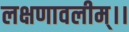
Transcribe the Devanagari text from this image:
लक्षणावलीम्।।